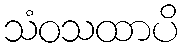
သံဝသထာပိ